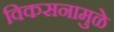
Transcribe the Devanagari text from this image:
विकसनामुळे